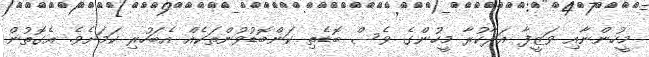
މީހުންނާއި ވަޒީފާ އަދާކުރާ މީހުންގެ ވެސް ބޮޑެތި ކަންބޮޑުވުންތަކެއް އެބަހުރި ކަމަށެވެ. އެގޮތުން